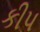
કીપ